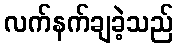
လက်နက်ချခဲ့သည်